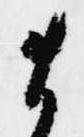
ま